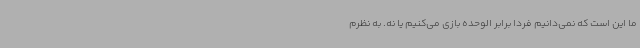
ما این است که نمی‌دانیم فردا برابر الوحده بازی می‌کنیم یا نه. به نظرم